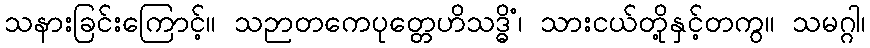
သနားခြင်းကြောင့်။ သဉာတကေပုတ္တေဟိသဒ္ဓိံ၊ သားငယ်တို့နှင့်တကွ။ သမဂ္ဂါ၊